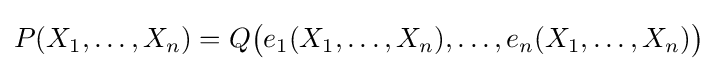
P(X_{1},\ldots ,X_{n})=Q{\big (}e_{1}(X_{1},\ldots ,X_{n}),\ldots ,e_{n}(X_{1},\ldots ,X_{n}){\big )}